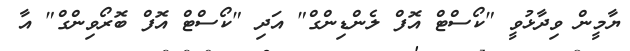
ޔާމީން ވިދާޅުވީ "ކޯސްޓް އޮފް ލެންޑިންގް" އަދި "ކޯސްޓް އޮފް ބޮރޯވިންގް" އާ